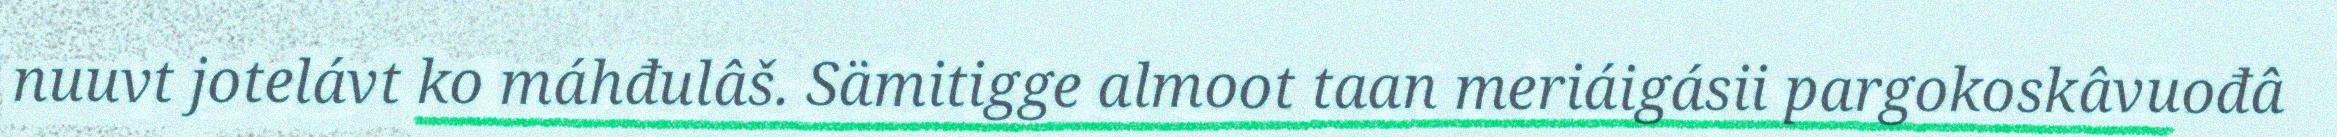
nuuvt jotelávt ko máhđulâš. Sämitigge almoot taan meriáigásii pargokoskâvuođâ